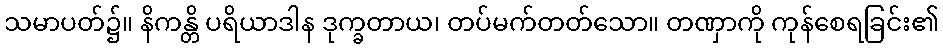
သမာပတ်၌။ နိကန္တိ ပရိယာဒါန ဒုက္ခတာယ၊ တပ်မက်တတ်သော။ တဏှာကို ကုန်စေရခြင်း၏